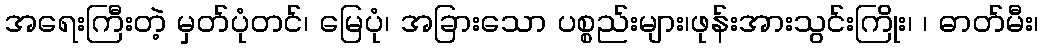
အရေးကြီးတဲ့ မှတ်ပုံတင်၊ မြေပုံ၊ အခြားသော ပစ္စည်းများ၊ဖုန်းအားသွင်းကြိုး၊ ၊ ဓာတ်မီး၊